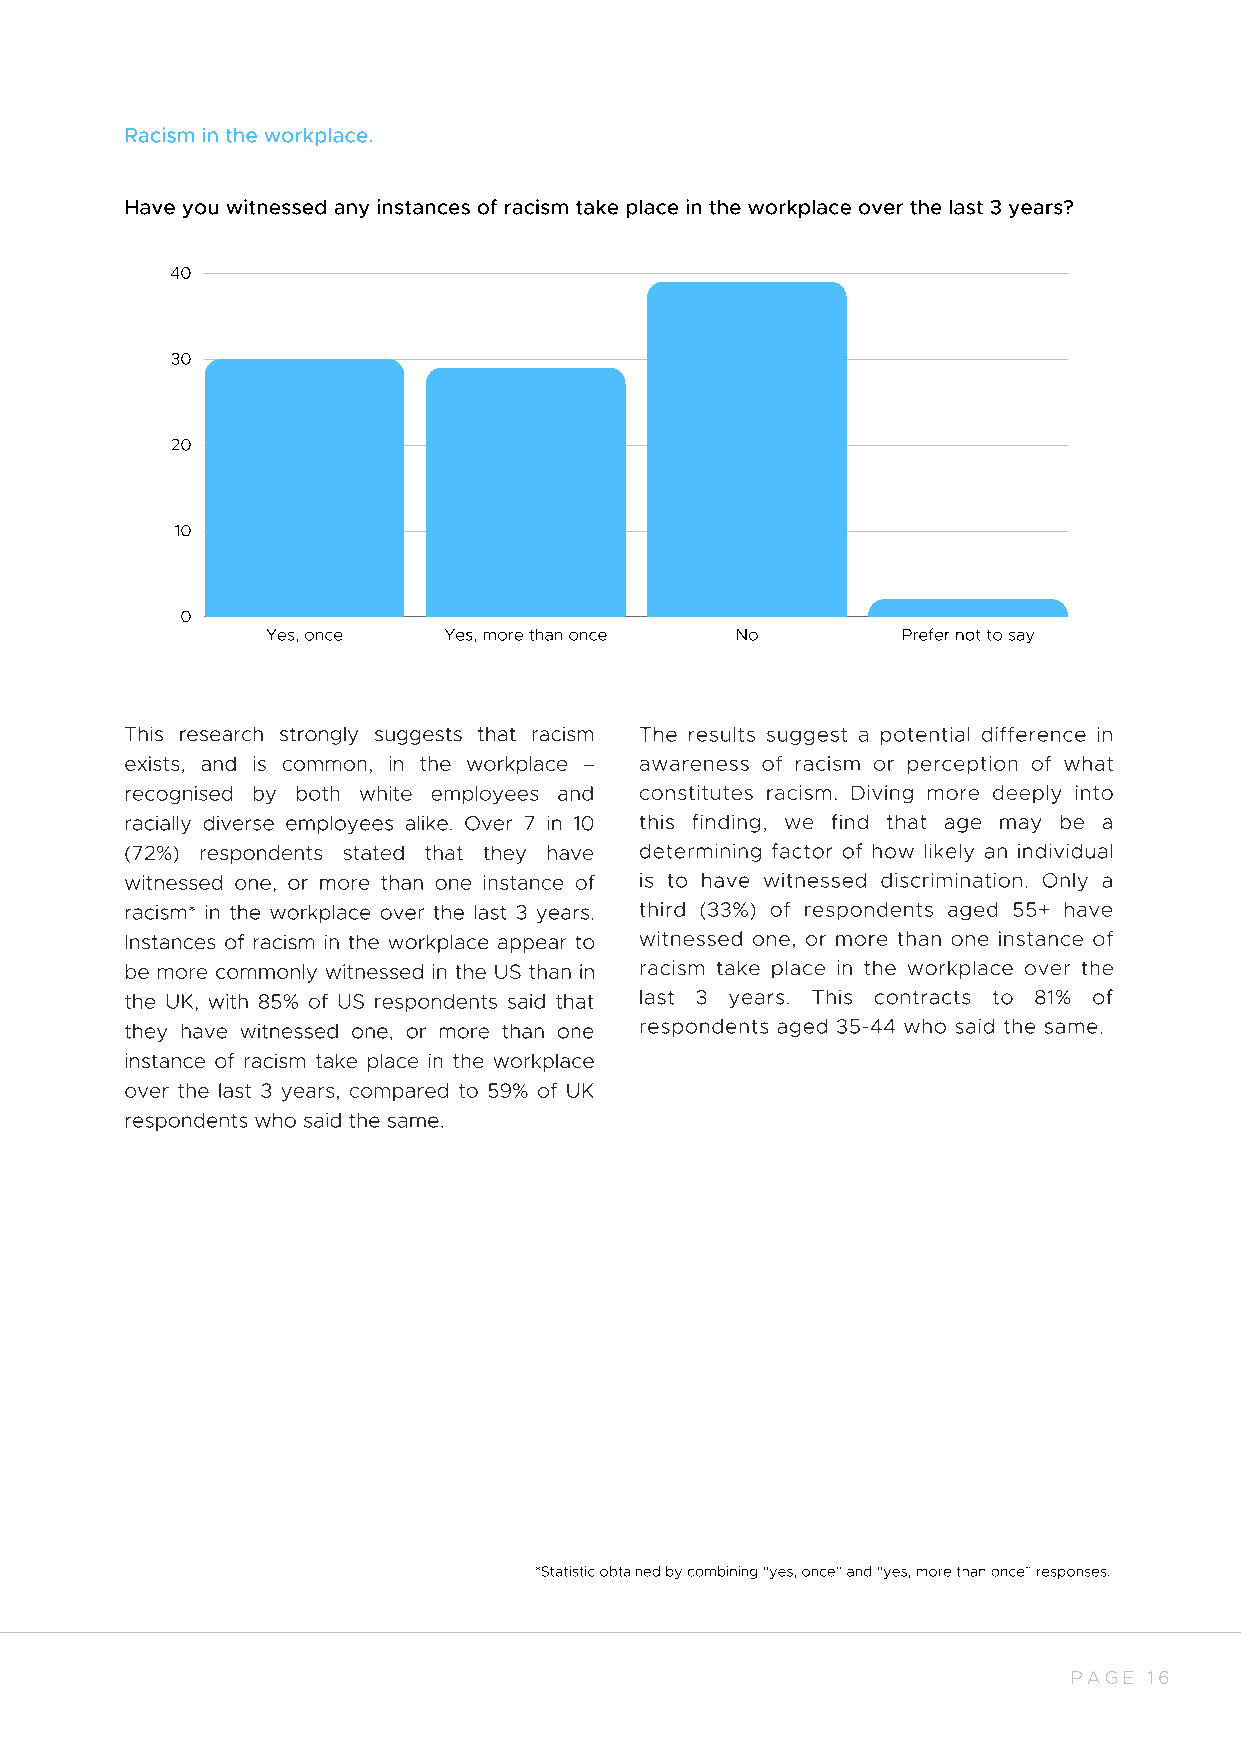
Racism in the workplace.
 Have you witnessed any instances of racism take place in the workplace over the last 3 years?
 40
 30
 20
 10
 0
 Yes, once  Yes, more than once No         Prefer not to say
 This research strongly suggests that racism The results suggest a potential difference in
 exists, and is common, in the workplace – awareness of racism or perception of what
 recognised by both white employees and constitutes racism. Diving more deeply into
 racially diverse employees alike. Over 7 in 10 this finding, we find that age may be a
 (72%) respondents stated that they have determining factor of how likely an individual
 witnessed one, or more than one instance of is to have witnessed discrimination. Only a
 racism* in the workplace over the last 3 years. third (33%) of respondents aged 55+ have
 Instances of racism in the workplace appear to witnessed one, or more than one instance of
 be more commonly witnessed in the US than in racism take place in the workplace over the
 the UK, with 85% of US respondents said that last 3 years. This contracts to 81% of
 they have witnessed one, or more than one respondents aged 35-44 who said the same.
 instance of racism take place in the workplace
 over the last 3 years, compared to 59% of UK
 respondents who said the same.
 *Statistic obtained by combining “yes, once” and “yes, more than once” responses.
 PAGE 16